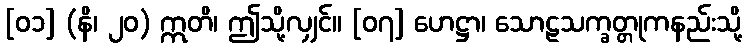
[၀၁] (နိ၊ ၂၀) ဣတိ၊ ဤသို့လျှင်။ [၀၇] ဟေဋ္ဌာ၊ သောဠသက္ခတ္တုကနည်းသို့